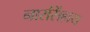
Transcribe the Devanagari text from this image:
नारसिंहाय